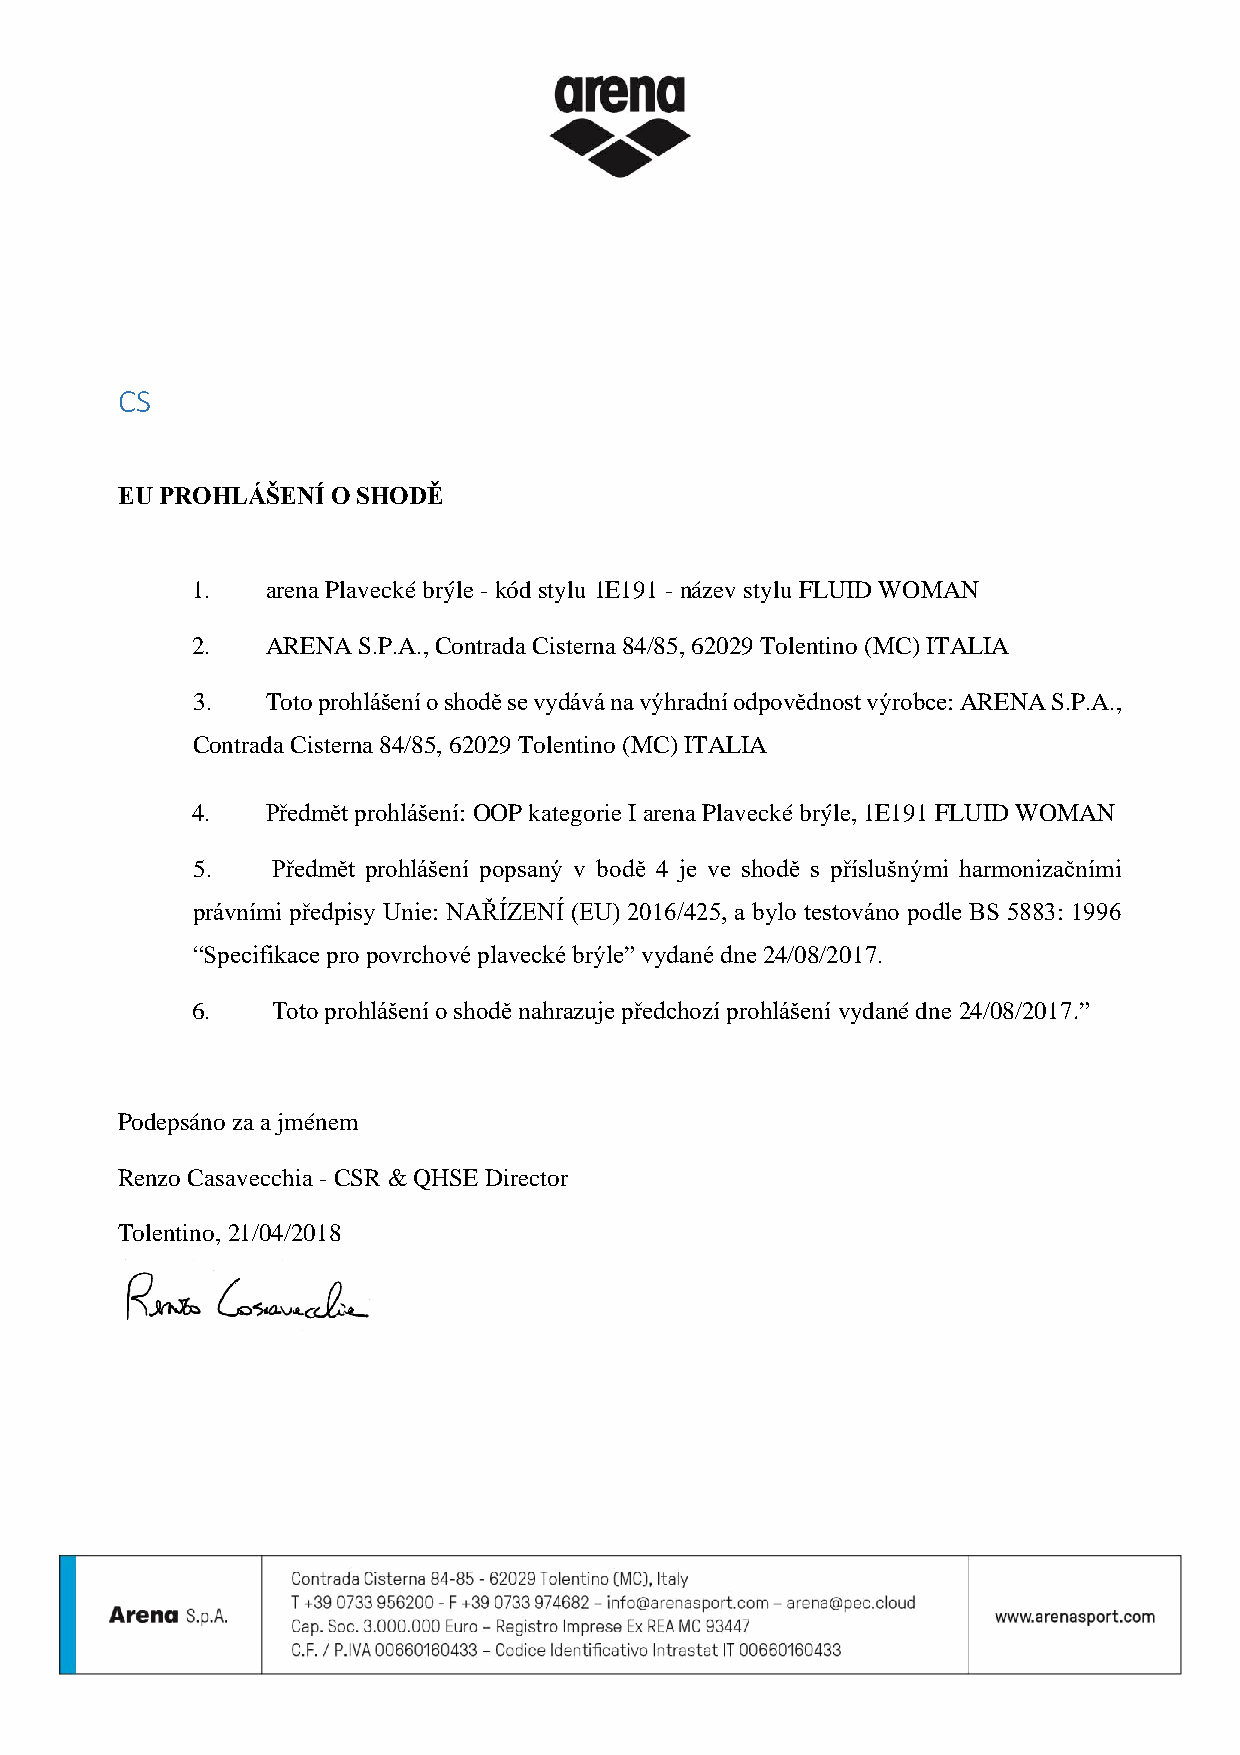
CS
 EU PROHLÁŠENÍ O SHODĚ
 1.   arena Plavecké brýle - kód stylu 1E191 - název stylu FLUID WOMAN
 2.   ARENA S.P.A., Contrada Cisterna 84/85, 62029 Tolentino (MC) ITALIA
 3.   Toto prohlášení o shodě se vydává na výhradní odpovědnost výrobce: ARENA S.P.A.,
 Contrada Cisterna 84/85, 62029 Tolentino (MC) ITALIA
 4.   Předmět prohlášení: OOP kategorie I arena Plavecké brýle, 1E191 FLUID WOMAN
 5.   Předmět prohlášení popsaný v bodě 4 je ve shodě s příslušnými harmonizačními
 právními předpisy Unie: NAŘÍZENÍ (EU) 2016/425, a bylo testováno podle BS 5883: 1996
 “Specifikace pro povrchové plavecké brýle” vydané dne 24/08/2017.
 6.   Toto prohlášení o shodě nahrazuje předchozí prohlášení vydané dne 24/08/2017.”
 Podepsáno za a jménem
 Renzo Casavecchia - CSR & QHSE Director
 Tolentino, 21/04/2018